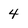
Character: 4